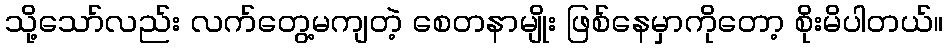
သို့သော်လည်း လက်တွေ့မကျတဲ့ စေတနာမျိုး ဖြစ်နေမှာကိုတော့ စိုးမိပါတယ်။